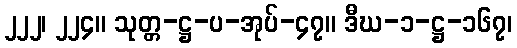
၂၂၂၊ ၂၂၄။ သုတ္တ-ဋ္ဌ-ပ-အုပ်-၄၇။ ဒီဃ-၁-ဋ္ဌ-၁၆၇၊